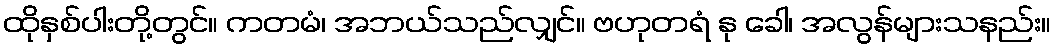
ထိုနှစ်ပါးတို့တွင်။ ကတမံ၊ အဘယ်သည်လျှင်။ ဗဟုတရံ နု ခေါ၊ အလွန်များသနည်း။